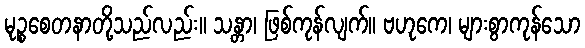
မုဉ္စစေတနာတို့သည်လည်း။ သန္တာ၊ ဖြစ်ကုန်လျက်။ ဗဟုကေ၊ များစွာကုန်သော